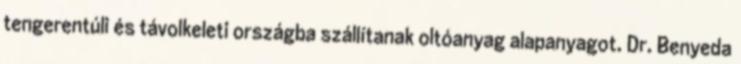
tengerentúli és távolkeleti országba szállítanak oltóanyag alapanyagot. Dr. Benyeda